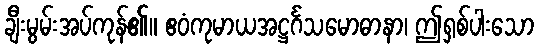
ချီးမွမ်းအပ်ကုန်၏။ ဧဝံကုမာယအဋ္ဌင်္ဂသမောဓာနာ၊ ဤရှစ်ပါးသော